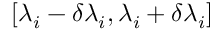
[ \lambda _ { i } - \delta \lambda _ { i } , \lambda _ { i } + \delta \lambda _ { i } ]